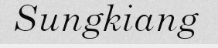
Sungkiang